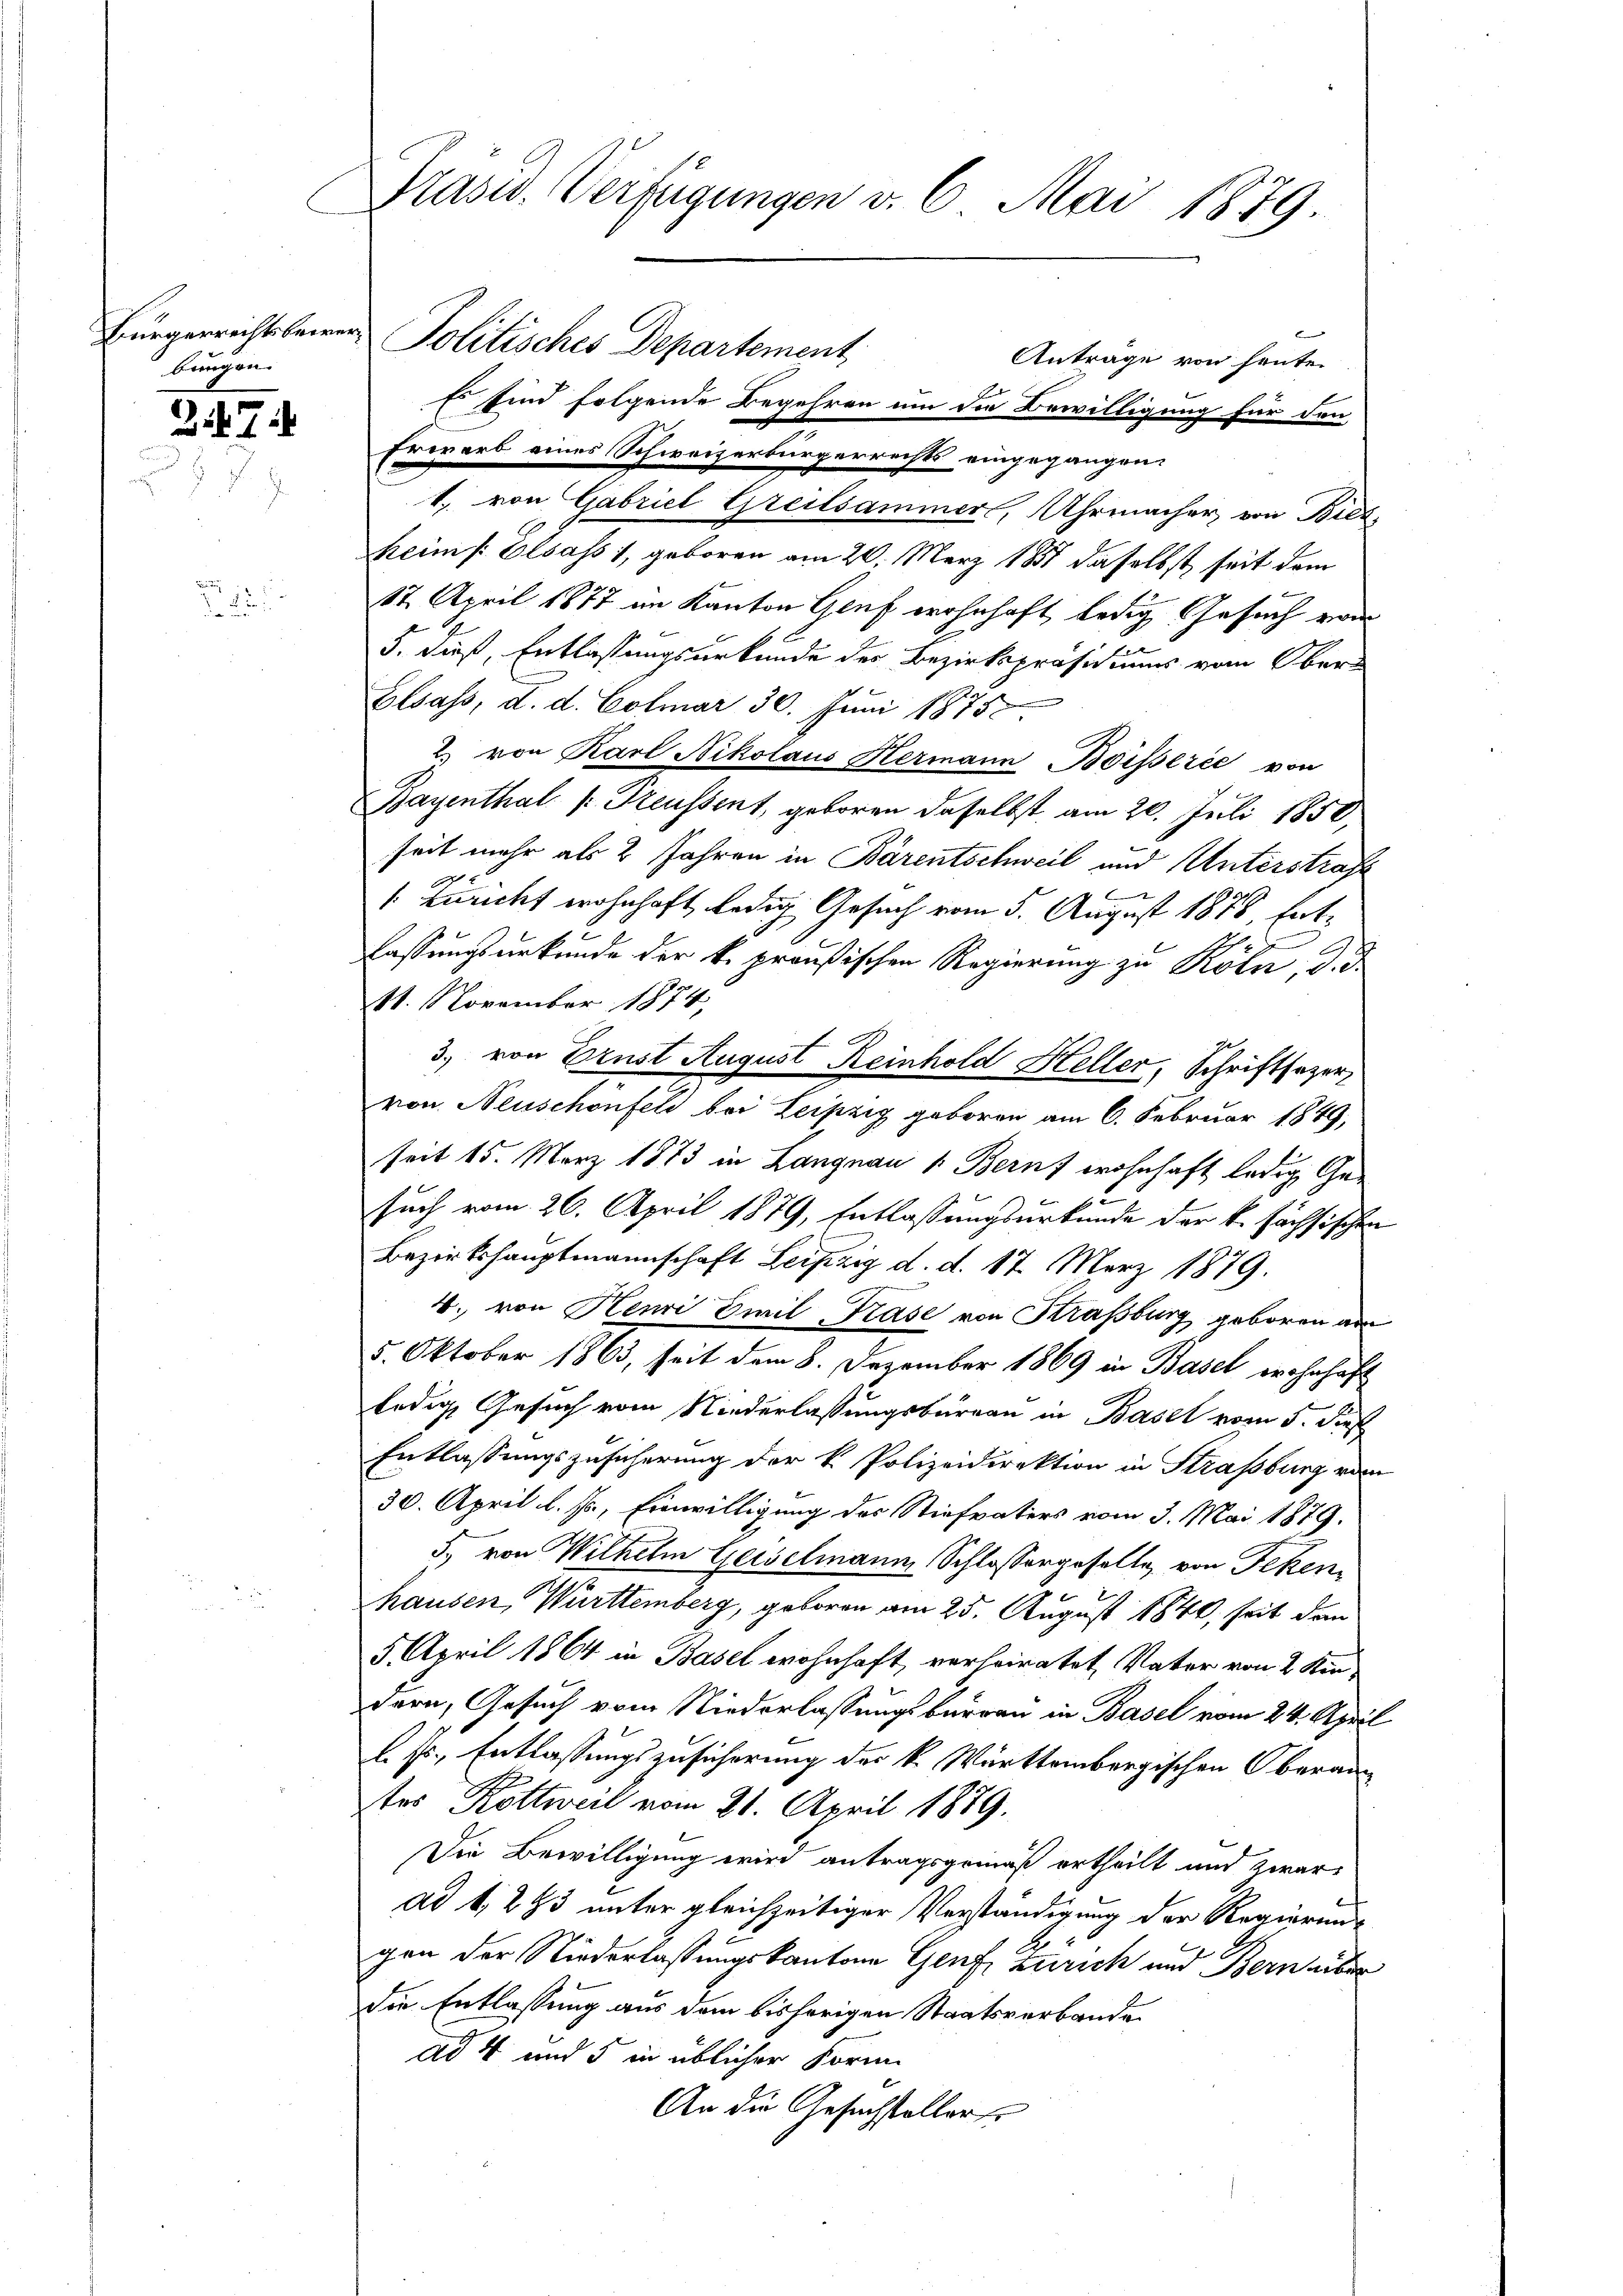
bungen.

247

Präsid. Verfügungen v. 6. Mai 1879.

Es sind folgende Begehren um die Bewilligung für den
Erwarb eines Schweizerbürgerrechts eingegangen:
1. von Gabriel Greitsammer, Uhrmacher, von Bied
heim Elsass 1, geboren am 20. März 181 daselbst, seit dem
 f
17. April 1877 im Kanton Genf wohnhaft ledig Gesuch von
2
5. dieß, Entlassungsurkunde des Bezirkspröse uns vom Ober
Elsass, d. d. Colmar 30. Juni 1875.
2. von Karl Nikolaus Hermann Boisserić von
Bayenthal (: Preussent, geboren daselbst am 20. Juli 1850,
seit mehr als 2 Jahren in Bärentschweil und Unterstraft
/. Züricht wohnhaft ledig Gesuch vom 5. August 1878, Ent¬
2
lassungsurkunde der k. preußischen Regierung zu Rotn, d. d.
11. November 1874,
3.) von Brust August Reinhold Heller, Schriftsezer
von Neuschönfeld bei Leipzig geboren am 6. Februar 1849,
seit 15. März 1873 in Langnau 1. Beruf wohnhaft ledig Ge-
s
such vom 26. April 1879, Entlassungsurkunde der k. sächsischen
Bezirkshauptmannschaft Leipzig d. d. 17. März 1879.
4. von Henri Civil-Krase von Kraßburg geboren am
5. Oktober 1863, seit dem 8. Dezember 1869 in Basel wohnhaft
ledig, Gesuch vom Niederlassungsbureau in Basel vom 5. dieß
Entlassungszusicherung der k. Polizeidirektion in Straßburg vom
30. April l. J., Einwilligung des Stiefvaters vom 3. Mai 1879.
5., von Wilhelm Geiselmann Schlossergeselle von Feken
hausen, Württemberg, geboren am 25. August 1840, seit dann
5 April 1864 in Basel wohnhaft, verheiratet, Vater von 2 Kindern, Gesuch vom Niederlassungsburgau in Basel vom 24. April
l. Js., Entlassungszusicherung der k. Württembergischen Oberantes Kottweil vom 21. April 1879.
Die Bewilligung wird antragsgemäß ertheilt und zwar
ad 1, 245 unter gleichzeitiger Verständigung der Regierung
gen der Niederlassungskantone Genf, Zürich und Bern über
die Entlassung aus dem bishörigen Staatsverbande
ad 4 und 5 in üblicher Form
An die Gesuchsteller

Bürgerrichtsbeirer Politisches Departement,

Antrage von heute.